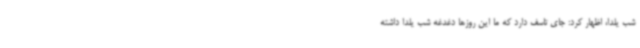
شب یلدا، اظهار کرد: جای تاسف دارد که ما این روزها دغدغه شب یلدا داشته